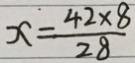
x = \frac { 4 2 \times 8 } { 2 8 }